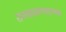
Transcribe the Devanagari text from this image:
रामसहस्त्रगणदण्डक